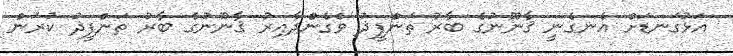
އަޅުގަނޑަށް އެނގެނީ ޤާނޫނުގެ ބާރު ތަންފީޛު ވެގެންދާއިރު ޤާނޫނުގެ ބާރު ތަންފީޛު ކުރަން